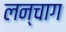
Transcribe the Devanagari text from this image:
लन्चाग